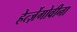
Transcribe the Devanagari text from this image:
हेर्त्ज़ेगोवीना